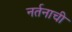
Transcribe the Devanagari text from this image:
नर्तनाची